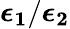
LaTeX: \boldsymbol{\epsilon_{1}}/\boldsymbol{\epsilon_{2}}